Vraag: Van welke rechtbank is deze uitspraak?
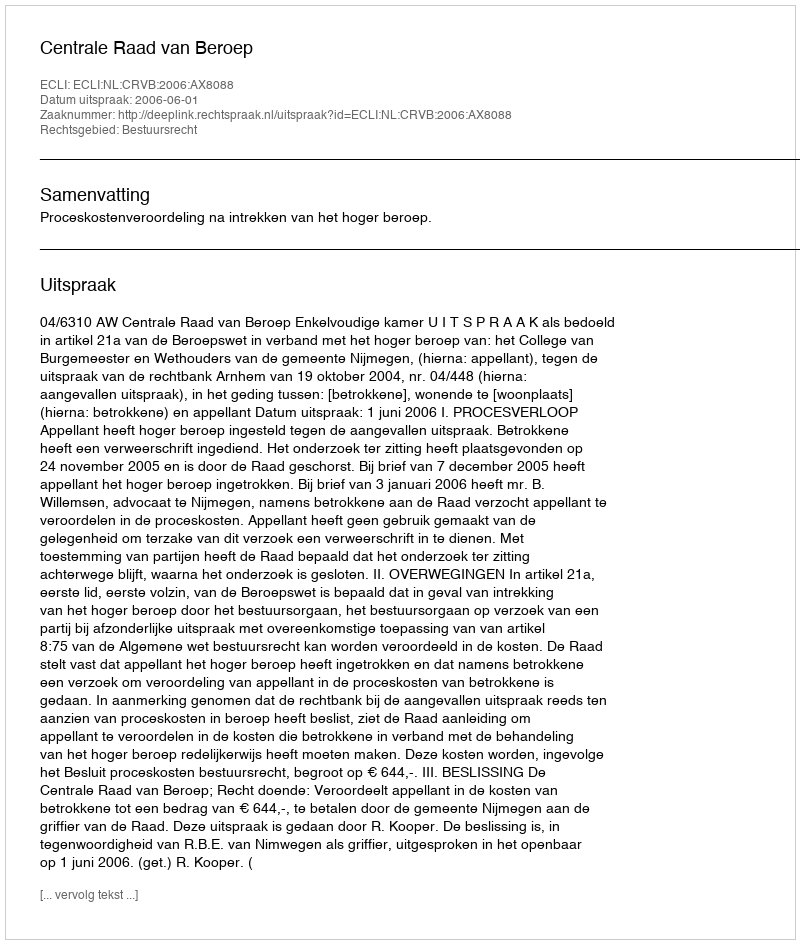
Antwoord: Centrale Raad van Beroep